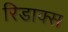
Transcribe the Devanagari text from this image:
रिडाक्स